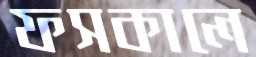
ফসকালে